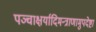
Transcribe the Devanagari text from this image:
पञ्चाक्षर्यादिमन्त्राणामुपदेष्टा